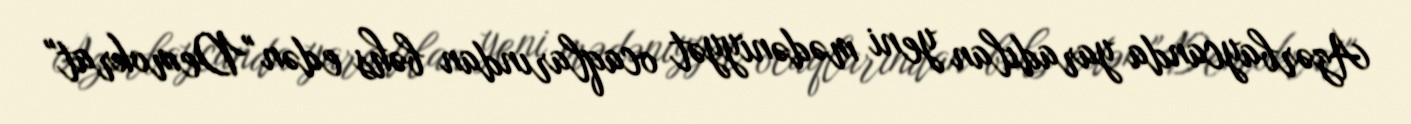
Azərbaycanda yaradılan yeni mədəniyyət ocaqlarından bəhs edən "Demokrat"